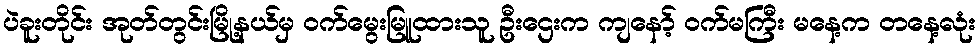
ပဲခူးတိုင်း အုတ်တွင်းမြို့နယ်မှ ဝက်မွေးမြူထားသူ ဦးဌေးက ကျနော့် ဝက်မကြီး မနေ့က တနေ့လုံး